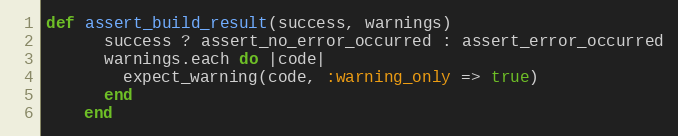
Language: Ruby
def assert_build_result(success, warnings)
      success ? assert_no_error_occurred : assert_error_occurred
      warnings.each do |code|
        expect_warning(code, :warning_only => true)
      end
    end